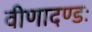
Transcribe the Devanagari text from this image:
वीणादण्डः